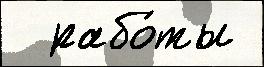
  рабо́ты